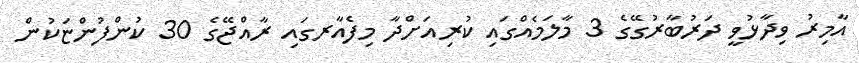
އާމިރު ވިދާޅުވީ ދަރުބާރުގޭގެ 3 މާލަމެއްގައި ކުރިއަށްދާ މިފެއާރގައި ރާއްޖޭގެ 30 ކުންފުންޏަކުން